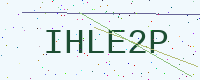
Text: IHLE2P